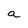
Character: a